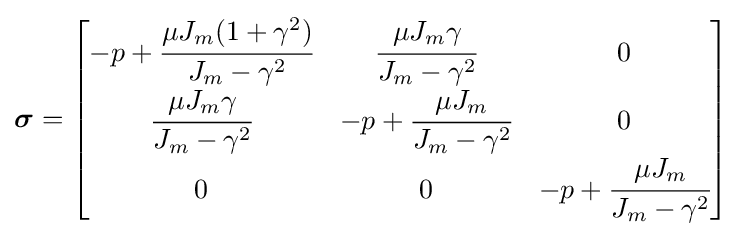
{\boldsymbol {\sigma }}={\begin{bmatrix}-p+{\cfrac {\mu J_{m}(1+\gamma ^{2})}{J_{m}-\gamma ^{2}}}&{\cfrac {\mu J_{m}\gamma }{J_{m}-\gamma ^{2}}}&0\\{\cfrac {\mu J_{m}\gamma }{J_{m}-\gamma ^{2}}}&-p+{\cfrac {\mu J_{m}}{J_{m}-\gamma ^{2}}}&0\\0&0&-p+{\cfrac {\mu J_{m}}{J_{m}-\gamma ^{2}}}\end{bmatrix}}